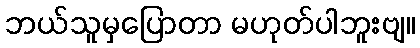
ဘယ်သူမှပြောတာ မဟုတ်ပါဘူးဗျ။